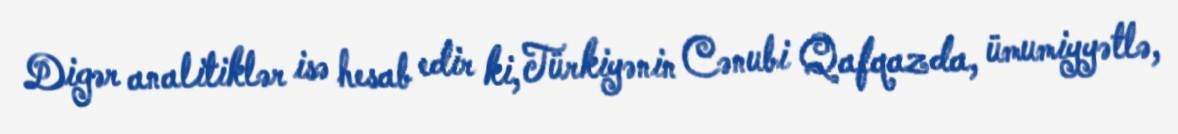
Digər analitiklər isə hesab edir ki, Türkiyənin Cənubi Qafqazda, ümumiyyətlə,